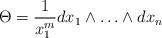
LaTeX: \begin{align*}\Theta=\frac{1}{x_1^m} dx_1 \wedge \ldots \wedge dx_n\end{align*}